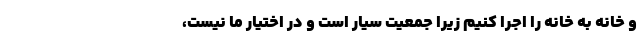
و خانه به خانه را اجرا کنیم زیرا جمعیت سیار است و در اختیار ما نیست،